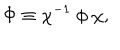
\Phi \equiv \chi ^ { - 1 } ~ \phi ~ \chi , \;